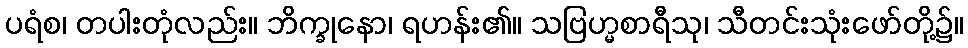
ပရံစ၊ တပါးတုံလည်း။ ဘိက္ခုနော၊ ရဟန်း၏။ သဗြဟ္မစာရီသု၊ သီတင်းသုံးဖော်တို့၌။